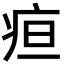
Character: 疸